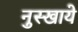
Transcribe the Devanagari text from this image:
नुस्खाये